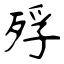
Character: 殍